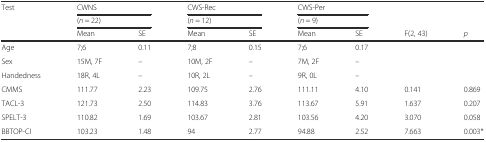
| <ROWSPAN=2> Test | <COLSPAN=2> CWNS | <COLSPAN=2> CWS-Rec | <COLSPAN=2> CWS-Per | <ROWSPAN=2>  | <ROWSPAN=2>  |
 | <COLSPAN=2> (n = 22) | <COLSPAN=2> (n = 12) | <COLSPAN=2> (n = 9) |
 |  | Mean | SE | Mean | SE | Mean | SE | F(2, 43) | p |
 | --- | --- | --- | --- | --- | --- | --- | --- | --- |
 | Age | 7;6 | 0.11 | 7;8 | 0.15 | 7;6 | 0.17 |  |  |
 | Sex | 15M, 7F | – | 10M, 2F | – | 7M, 2F | – |  |  |
 | Handedness | 18R, 4L | – | 10R, 2L | – | 9R, 0L | – |  |  |
 | CMMS | 111.77 | 2.23 | 109.75 | 2.76 | 111.11 | 4.10 | 0.141 | 0.869 |
 | TACL-3 | 121.73 | 2.50 | 114.83 | 3.76 | 113.67 | 5.91 | 1.637 | 0.207 |
 | SPELT-3 | 110.82 | 1.69 | 103.67 | 2.81 | 103.56 | 4.20 | 3.070 | 0.058 |
 | BBTOP-CI | 103.23 | 1.48 | 94 | 2.77 | 94.88 | 2.52 | 7.663 | 0.003* |